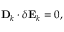
\begin{array} { r } { \mathbf { D } _ { k } \cdot \delta \mathbf { E } _ { k } = 0 , } \end{array}